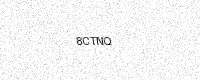
Text: 8CTNQ